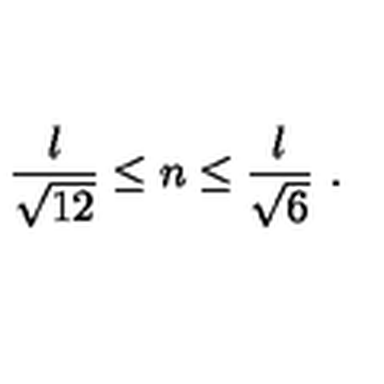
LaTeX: { \frac { l } { \sqrt { 1 2 } } } \leq n \leq { \frac { l } { \sqrt { 6 } } } \ .